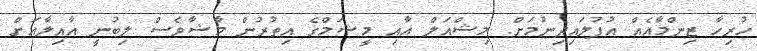
ހުރިހާ ޒިންމާއެއް އުފުލައިދިނުމަށް. މިޝްއަލް އާއި މީޝަމްގެ އިތުރުން މާޝާވެސް ލިބުނީ އާއިލާއަށް